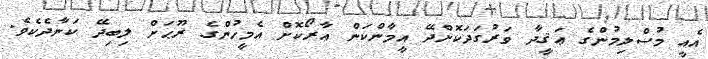
އެއީ މުސްލިމުންގެ ޢަޤީދާ ވަރުގަދަކޮށްދޭ އީމާންކަން އާރޯކޮށް އެމީހުންގެ ރޫޙަށް ލިބިދޭ ކަނާދެކެވެ.